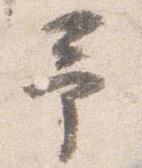
予